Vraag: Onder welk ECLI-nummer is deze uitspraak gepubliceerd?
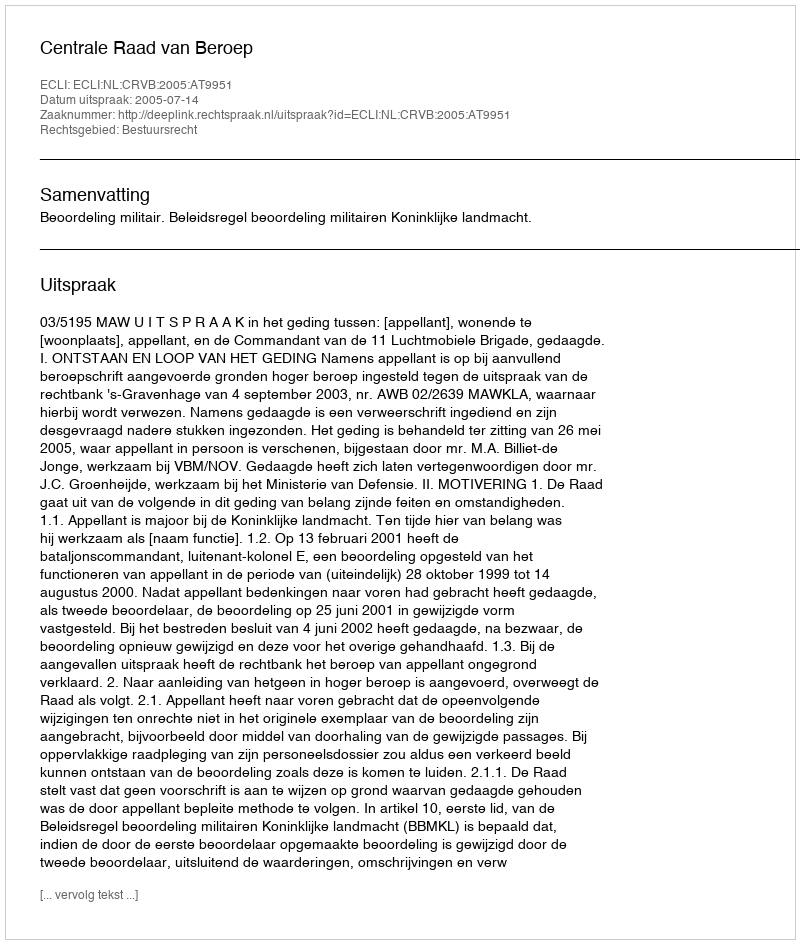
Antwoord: ECLI:NL:CRVB:2005:AT9951